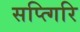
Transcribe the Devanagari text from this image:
सप्त्गिरि